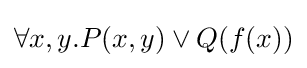
\forall x,y.P(x,y)\lor Q(f(x))